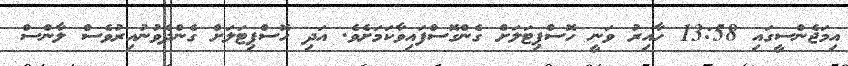
އިމަޖެންސީގައި 13:58 ހާއިރު ވަނީ ހޮސްޕިޓަލަށް ގެންގޮސްފައިވާކަމަށެވެ. އަދި ހޮސްޕިޓަލަށް ގެންދެވުނުއިރުވެސް ލާންސް